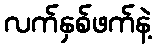
လက်နှစ်ဖက်နဲ့